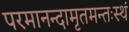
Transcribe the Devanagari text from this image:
परमानन्दामृतमन्तःस्थं